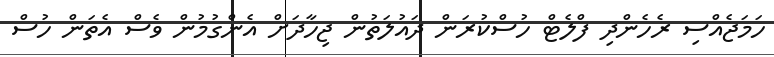
ހަމަޖެއްސި ރެހެންދި ފްލެޓް ހުސްކުރަން ދައުލަތުން ޖިހާދަށް އެންގުމުން ވެސް އެތަން ހުސް